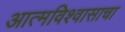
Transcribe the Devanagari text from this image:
आत्मविश्वासाचा